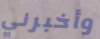
وأخبرني